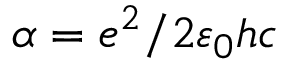
\alpha = e ^ { 2 } / 2 \varepsilon _ { 0 } h c